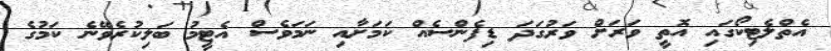
އެތްލެޓިކޯގައި އޮތީ ވަރަށް ވަރުގަދަ ޑިފެންސެއް ކަމަށާއި ނަމަވެސް އެޓީމު ބަލިކުރެވޭނެ ކަމުގެ